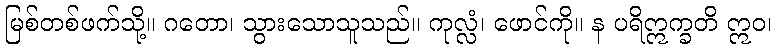
မြစ်တစ်ဖက်သို့။ ဂတော၊ သွားသောသူသည်။ ကုလ္လံ၊ ဖောင်ကို။ န ပရိဣက္ခတိ ဣဝ၊